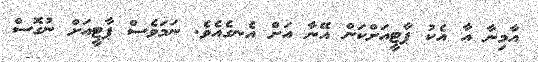
އާމިނާ އާ އެކު ޕާޓީއަށްކަން އޭނާ އަށް އެނގެއެވެ. ނަމަވެސް ޕާޓީއަށް ނުގޮސް